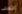
الثعلب